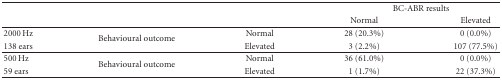
|  |  |  | <COLSPAN=2> BC-ABR results |
 |  |  |  | Normal | Elevated |
 | --- | --- | --- | --- | --- |
 | 2000 Hz | <ROWSPAN=2> Behavioural outcome | Normal | 28 (20.3%) | 0 (0.0%) |
 | 138 ears | Elevated | 3 (2.2%) | 107 (77.5%) |
 | 500 Hz | <ROWSPAN=2> Behavioural outcome | Normal | 36 (61.0%) | 0 (0.0%) |
 | 59 ears | Elevated | 1 (1.7%) | 22 (37.3%) |